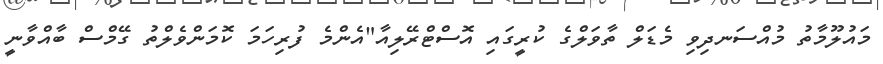
މައުލޫމާތު މުއްސަނދިވި މެޑަލް ތާވަލްގެ ކުރީގައި އޮސްޓްރޭލިއާ"އެންމެ ފުރިހަމަ ކޮމަންވެލްތު ގޭމްސް ބާއްވާނީ